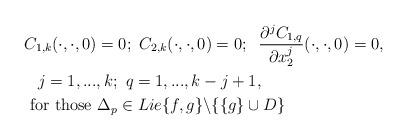
LaTeX: \begin{align*}&C_{1,k} (\cdot,\cdot ,0)=0;\,\, C_{2,k} (\cdot,\cdot ,0)=0;\;\;\frac{\partial^{j}C_{1,q}}{\partial x^j_2}(\cdot,\cdot,0)=0,\\&\,\,\,\,\,j=1,...,k;\,\,q=1,...,k-j+1,\\&\,\,\mathrm{for\,\, those}\,\,\Delta _{p} \in Lie\{ f,g\} \backslash \{ \{g\}\cup D\} \end{align*}